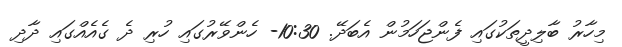
މިހާރު ބާލިދީތަކުގައި ފެންޖަހަމުން އެބަދޭ. 10:30- ހެންވޭރުގައި ހުރި ދެ ގެއެއްގައި ދާދި